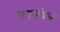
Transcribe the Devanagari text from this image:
फालवेल